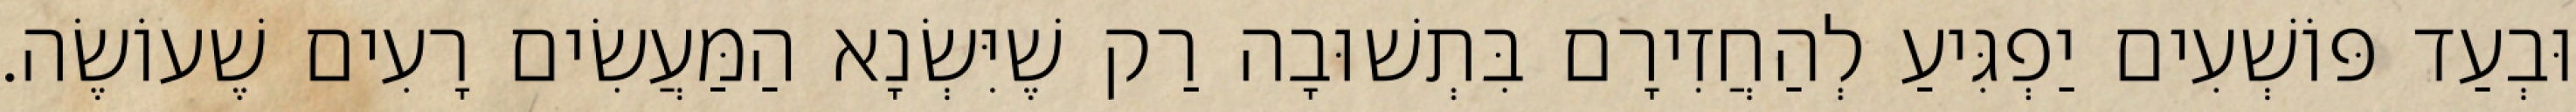
וּבְעַד פּוֹשְׁעִים יַפְגִּיעַ לְהַחֲזִירָם בִּתְשׁוּבָה רַק שֶׁיִּשְׂנָא הַמַּעֲשִׂים רָעִים שֶׁעוֹשֶׂה.